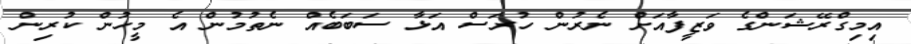
އިމިގްރޭޝަންގެ ވަޒީފާއަށް ނެރުން ހުރަސް އަޅާ ސަބަބެއް ނެތުމުން އެ މީހުން ކުރިން